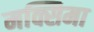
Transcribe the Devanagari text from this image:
मक्सिमा